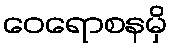
ဝေရောစနမှိ